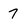
Character: 7